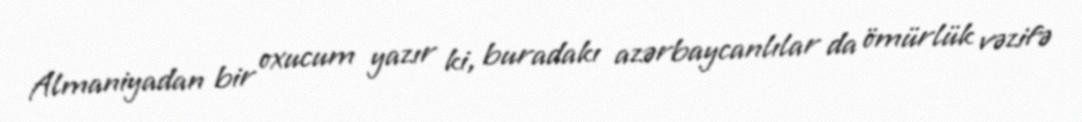
Almaniyadan bir oxucum yazır ki, buradakı azərbaycanlılar da ömürlük vəzifə